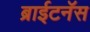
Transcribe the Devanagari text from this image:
ब्राईटनॅस